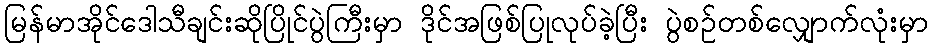
မြန်မာအိုင်ဒေါသီချင်းဆိုပြိုင်ပွဲကြီးမှာ ဒိုင်အဖြစ်ပြုလုပ်ခဲ့ပြီး ပွဲစဉ်တစ်လျှောက်လုံးမှာ